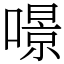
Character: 𠾶